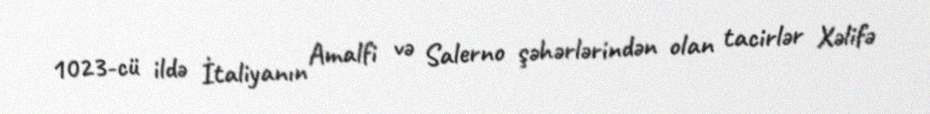
1023-cü ildə İtaliyanın Amalfi və Salerno şəhərlərindən olan tacirlər Xəlifə